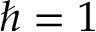
\hbar = 1